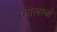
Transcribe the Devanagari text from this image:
कोलम्‍बो